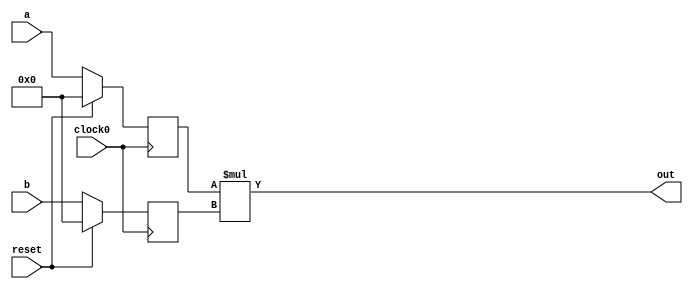
module mult_16bit_inreg (clock0, reset, out, a, b);
output [31:0] out;
input  [15:0] a;
input  [15:0] b;
input  clock0, reset;

reg  [15:0] a_int;
reg  [15:0] b_int;


assign out = a_int*b_int;
 always @(posedge clock0) begin
    if (reset) begin
      a_int <= 0;
      b_int <= 0;
    end else begin
      a_int <= a;
      b_int <= b;
    end
  end

    
endmodule